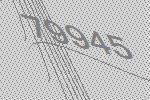
79945